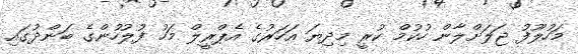
މަހުލޫފު ޖަލަށްލާން ހުކުމް ކުރީ މިދިޔަ އަހަރުގެ އެޕްރީލް މަހު ފުލުހުންގެ ބަންދުގައި